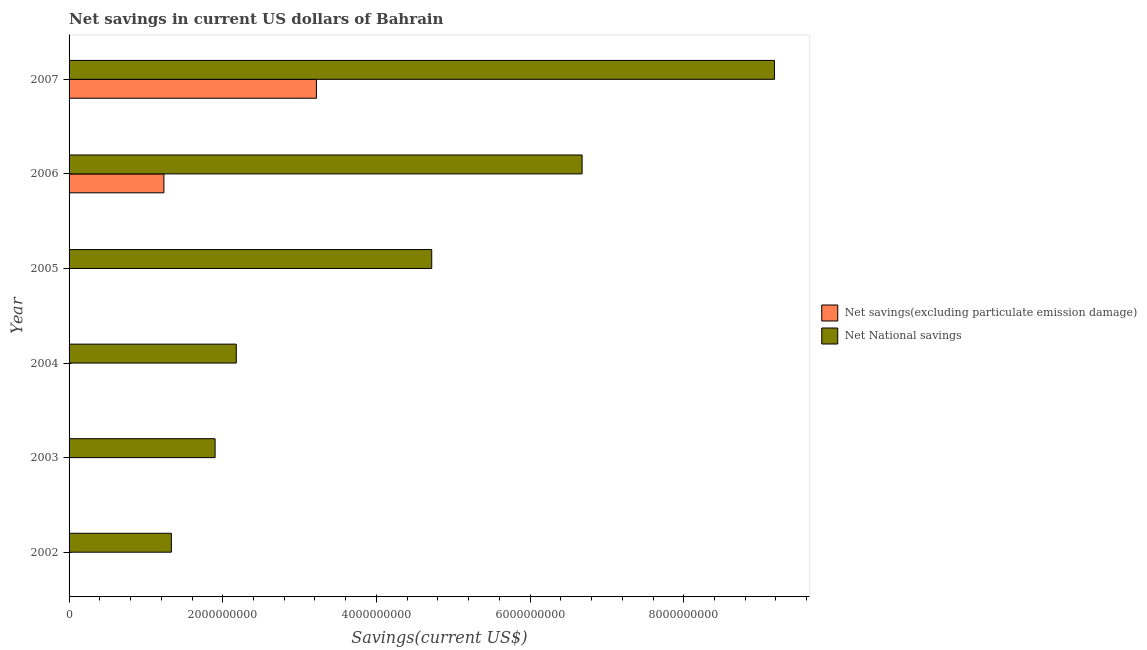
| Year | Net savings(excluding particulate emission damage) | Net National savings |
 | --- | --- | --- |
 | 2002 | -4.06e+08 | 1.33e+09 |
 | 2003 | -5.42e+08 | 1.9e+09 |
 | 2004 | -8.49e+08 | 2.18e+09 |
 | 2005 | -1.38e+08 | 4.72e+09 |
 | 2006 | 1.23e+09 | 6.68e+09 |
 | 2007 | 3.22e+09 | 9.18e+09 |